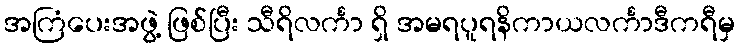
အကြံပေးအဖွဲ့ ဖြစ်ပြီး သီရိလင်္ကာ ရှိ အမရပူရနိကာယလင်္ကာဒီကရီမှ